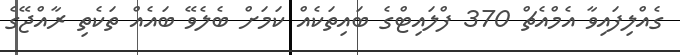
ގެއްލިފައިވާ އެމްއެޗް 370 ފްލައިޓްގެ ބައިތަކެއް ކަމަށް ބެލެވޭ ބައެއް ތަކެތި ރާއްޖޭގެ